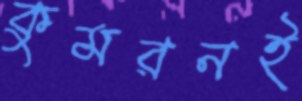
কুমরনই